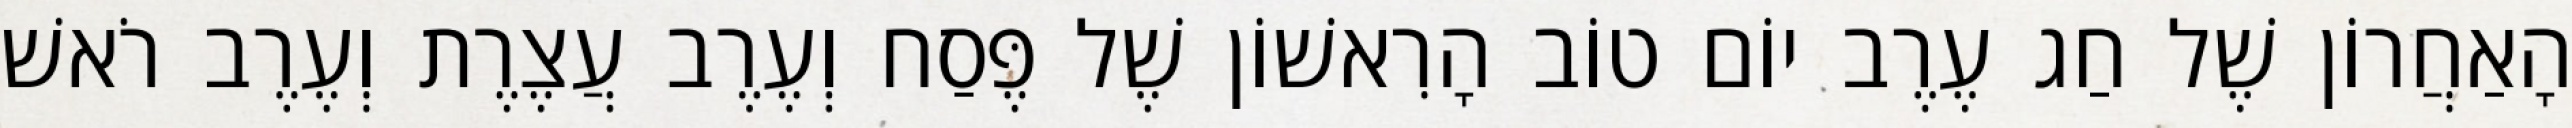
הָאַחֲרוֹן שֶׁל חַג עֶרֶב יוֹם טוֹב הָרִאשׁוֹן שֶׁל פֶּסַח וְעֶרֶב עֲצֶרֶת וְעֶרֶב רֹאשׁ